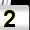
Digit: 2